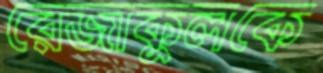
রেজাকুলকে